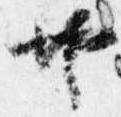
共